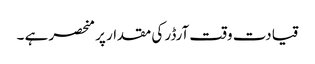
قیادت وقت آرڈر کی مقدار پر منحصر ہے ۔